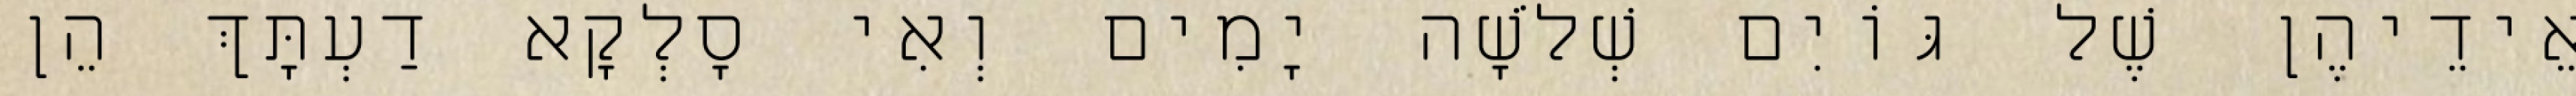
אֵידֵיהֶן שֶׁל גּוֹיִם שְׁלֹשָׁה יָמִים וְאִי סָלְקָא דַעְתָּךְ הֵן